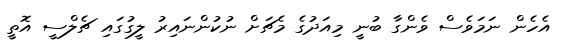
އެހެން ނަމަވެސް ވެންގާ ބުނީ މިއަދުގެ މެޗަށް ނުކުންނައިރު ލީގުގައި ޗެލްސީ އޮތީ